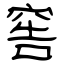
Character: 窖